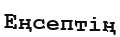
Еңсептің